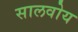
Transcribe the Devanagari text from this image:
सालवोय